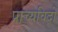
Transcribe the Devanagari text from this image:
प्राच्यविदों